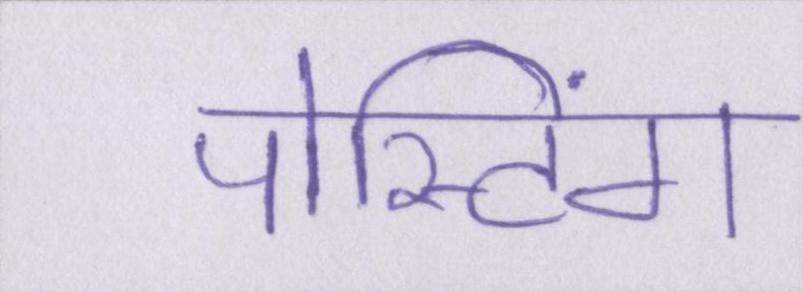
पोस्टिंग